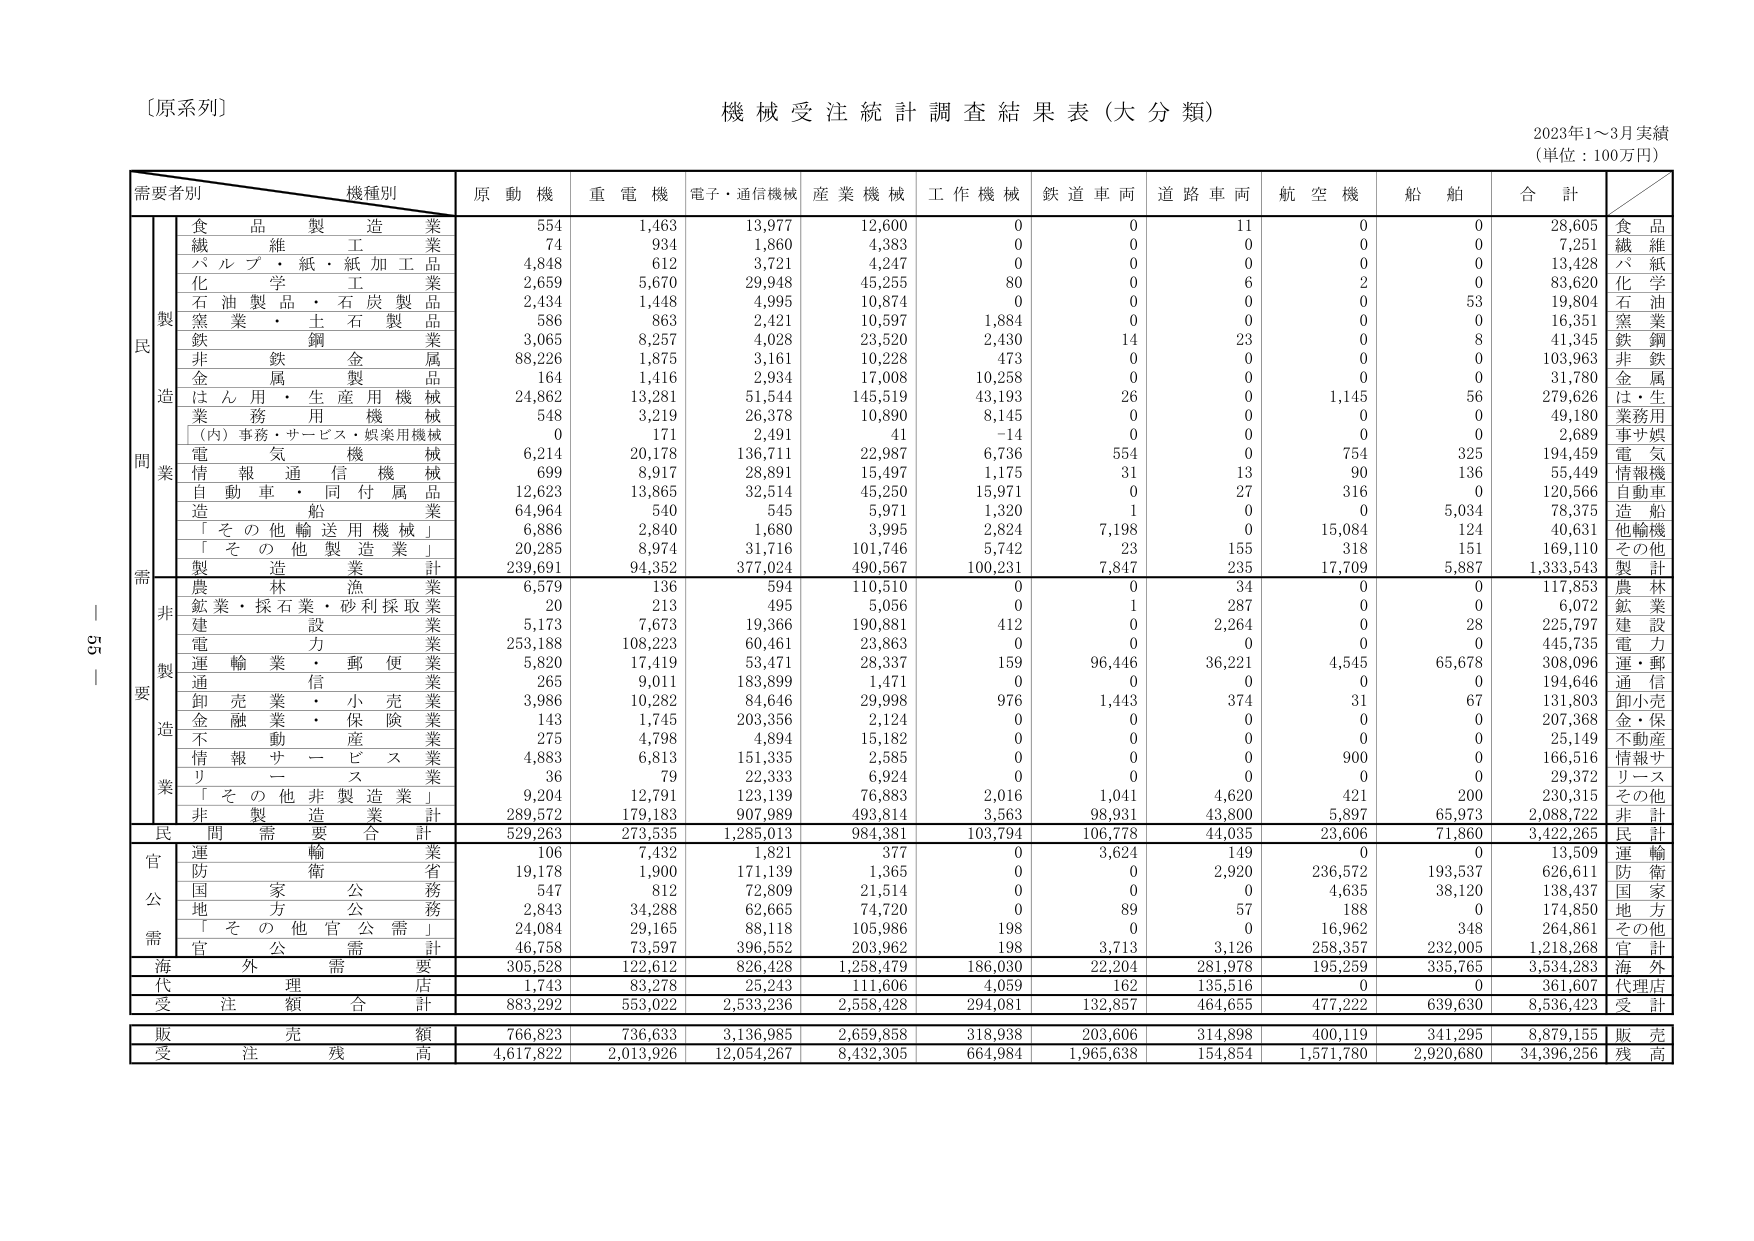
〔原系列〕
機械受注統計調査結果表（大分類）
2023年1～3月実績
（単位：100万円）

需要者別　機種別
原動機　重電機　電子・通信機械　産業機械　工作機械　鉄道車両　道路車両　航空機　船舶　合計

民
製
造
業
食品製造業　554　1,463　13,977　12,600　0　0　11　0　0　28,605　食品
繊維工業　74　934　1,860　4,383　0　0　0　0　0　7,251　繊維
パルプ・紙・紙加工品　4,848　612　3,721　4,247　0　0　0　0　0　13,428　パ紙
化学工業　2,659　5,670　29,948　45,255　80　0　6　2　0　83,620　化学
石油製品・石炭製品　2,434　1,448　4,995　10,874　0　0　0　0　53　19,804　石油
窯業・土石製品　586　863　2,421　10,597　1,884　0　0　0　0　16,351　窯業
鉄鋼業　3,065　8,257　4,028　23,520　2,430　14　23　0　8　41,345　鉄鋼
非鉄金属　88,226　1,875　3,161　10,228　473　0　0　0　0　103,963　非鉄
金属製品　164　1,416　2,934　17,008　10,258　0　0　0　0　31,780　金属
はん用・生産用機械　24,862　13,281　51,544　145,519　43,193　26　0　1,145　56　279,626　は・生
業務用機械　548　3,219　26,378　10,890　8,145　0　0　0　0　49,180　業務用
（内）事務・サービス・娯楽用機械　0　171　2,491　41　-14　0　0　0　0　2,689　事サ娯
電気機械　6,214　20,178　136,711　22,987　6,736　554　0　754　325　194,459　電気
情報通信機械　699　8,917　28,891　15,497　1,175　31　13　90　136　55,449　情報機
自動車・同付属品　12,623　13,865　32,514　45,250　15,971　0　27　316　0　120,566　自動車
造船業　64,964　540　545　5,971　1,320　1　0　0　5,034　78,375　造船
「その他輸送用機械」　6,886　2,840　1,680　3,995　2,824　7,198　0　15,084　124　40,631　他輸機
「その他製造業」　20,285　8,974　31,716　101,746　5,742　23　155　318　151　169,110　その他
製造業計　239,691　94,352　377,024　490,567　100,231　7,847　235　17,709　5,887　1,333,543　製計

非
製
造
業
農林漁業　6,579　136　594　110,510　0　0　34　0　0　117,853　農林
鉱業・採石業・砂利採取業　20　213　495　5,056　0　1　287　0　0　6,072　鉱業
建設業　5,173　7,673　19,366　190,881　412　0　2,264　0　28　225,797　建設
電力業　253,188　108,223　60,461　23,863　0　0　0　0　0　445,735　電力
運輸業・郵便業　5,820　17,419　53,471　28,337　159　96,446　36,221　4,545　65,678　308,096　運・郵
通信業　265　9,011　183,899　1,471　0　0　0　0　0　194,646　通信
卸売業・小売業　3,986　10,282　84,646　29,998　976　1,443　374　31　67　131,803　卸小売
金融業・保険業　143　1,745　203,356　2,124　0　0　0　0　0　207,368　金・保
不動産業　275　4,798　4,894　15,182　0　0　0　0　0　25,149　不動産
情報サービス業　4,883　6,813　151,335　2,585　0　0　0　900　0　166,516　情報サ
リース業　36　79　22,333　6,924　0　0　0　0　0　29,372　リース
「その他非製造業」　9,204　12,791　123,139　76,883　2,016　1,041　4,620　421　200　230,315　その他
非製造業計　289,572　179,183　907,989　493,814　3,563　98,931　43,800　5,897　65,973　2,088,722　非計

民間需要合計　529,263　273,535　1,285,013　984,381　103,794　106,778　44,035　23,606　71,860　3,422,265　民計

官
公
需
運輸業　106　7,432　1,821　377　0　3,624　149　0　0　13,509　運輸
防衛省　19,178　1,900　171,139　1,365　0　0　2,920　236,572　193,537　626,611　防衛
国家公務　547　812　72,809　21,514　0　0　0　4,635　38,120　138,437　国家
地方公務　2,843　34,288　62,665　74,720　0　89　57　188　0　174,850　地方
「その他官公需」　24,084　29,165　88,118　105,986　198　0　0　16,962　348　264,861　その他
官公需計　46,758　73,597　396,552　203,962　198　3,713　3,126　258,357　232,005　1,218,268　官計

海外需要　305,528　122,612　826,428　1,258,479　186,030　22,204　281,978　195,259　335,765　3,534,283　海外

代理店　1,743　83,278　25,243　111,606　4,059　162　135,516　0　0　361,607　代理店

受注額合計　883,292　553,022　2,533,236　2,558,428　294,081　132,857　464,655　477,222　639,630　8,536,423　受計

販売額　766,823　736,633　3,136,985　2,659,858　318,938　203,606　314,898　400,119　341,295　8,879,155　販売

受注残高　4,617,822　2,013,926　12,054,267　8,432,305　664,984　1,965,638　154,854　1,571,780　2,920,680　34,396,256　残高